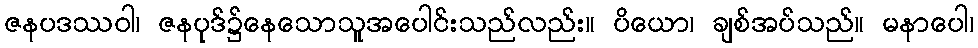
ဇနပဒဿဝါ၊ ဇနပုဒ်၌နေသောသူအပေါင်းသည်လည်း။ ပိယော၊ ချစ်အပ်သည်။ မနာပေါ၊